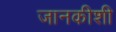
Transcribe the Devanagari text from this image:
जानकीशी